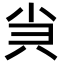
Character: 𡭩